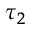
\tau _ { 2 }